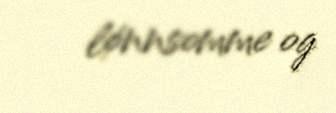
lønnsomme og